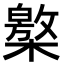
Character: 𣜥